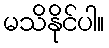
မသိနိုင်ပါ။